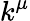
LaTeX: k^{\mu}